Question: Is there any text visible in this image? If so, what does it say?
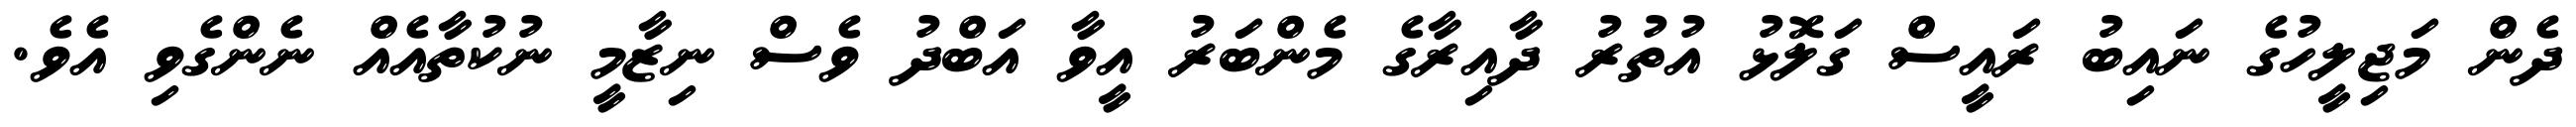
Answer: ދެން މަޖިލީހުގެ ނައިބު ރައީސް ގަލޮޅު އުތުރު ދާއިރާގެ މެންބަރު އީވާ އަބްދު ވެސް ނިޒާމީ ނުކުތާއެއް ނެންގެވި އެވެ.